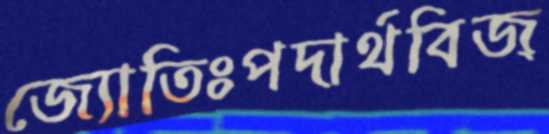
জ্যোতিঃপদার্থবিজ্